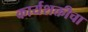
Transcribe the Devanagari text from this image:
कार्यशक्तीचा